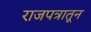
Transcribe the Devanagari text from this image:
राजपत्रातून